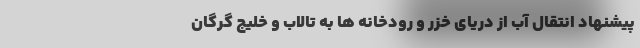
پیشنهاد انتقال آب از دریای خزر و رودخانه ها به تالاب و خلیج گرگان